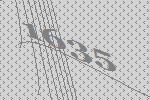
1635